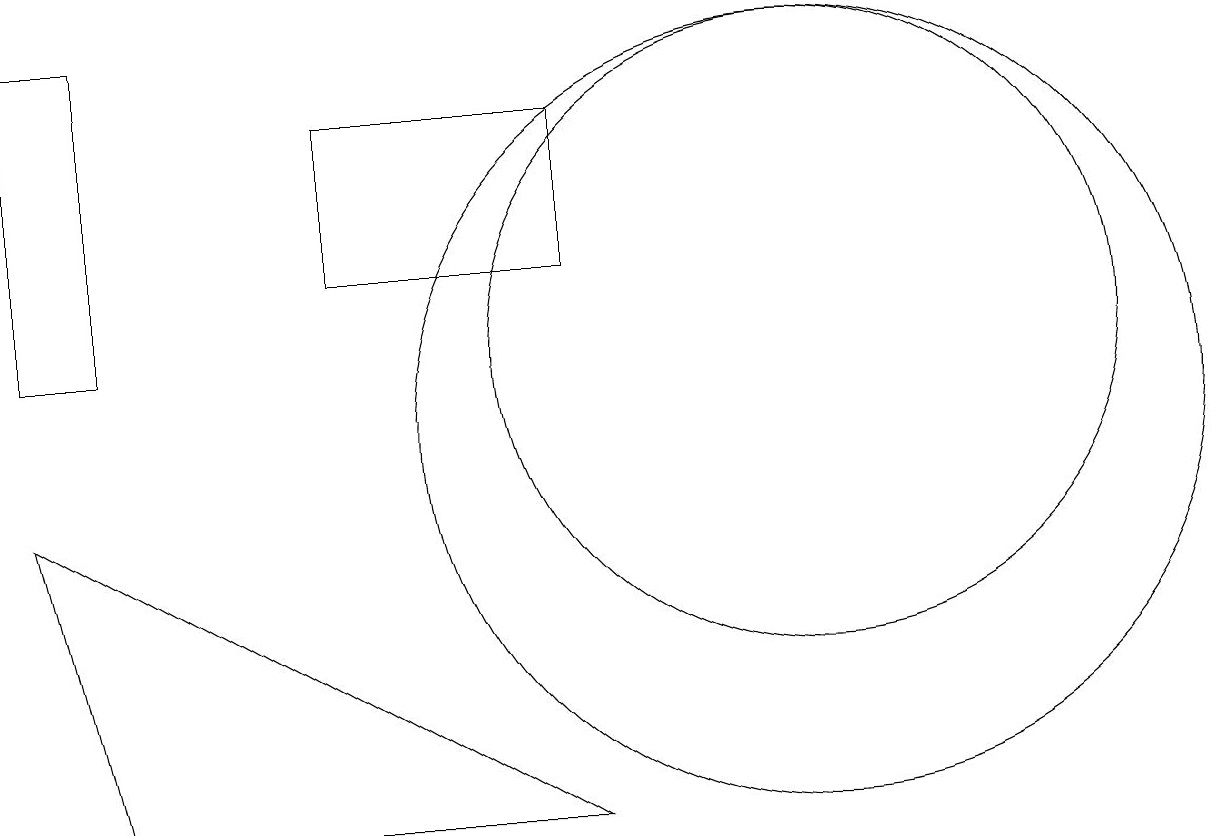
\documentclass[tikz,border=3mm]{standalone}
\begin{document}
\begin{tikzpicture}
\draw (10,10) circle (5);
\draw (7,14) rectangle (4,12);
\draw (1,15) rectangle (0,11);
\draw (1,5) -- (0,9) -- (7,5) -- cycle;
\draw (10,11) circle (4);
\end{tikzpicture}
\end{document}